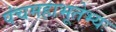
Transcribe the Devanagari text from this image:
पंचमहाभूतेभ्यः